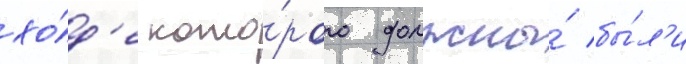
хо́д'е кото́рого должны́ бы́л'и